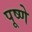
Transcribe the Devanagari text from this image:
पूष्णे